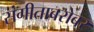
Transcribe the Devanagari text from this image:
संगीताबरोबर